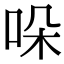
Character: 哚